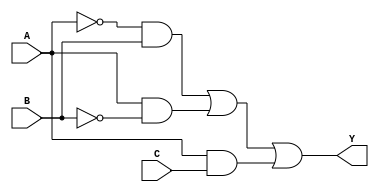
module combinational_logic_block (
    input wire A,      // Input variable A
    input wire B,      // Input variable B
    input wire C,      // Input variable C
    output wire Y      // Output variable Y
);

// Intermediate signals for the logic
wire not_A;
wire not_B;
wire not_C;
wire term1, term2, term3, term4;

// Invert inputs
not (not_A, A);
not (not_B, B);
not (not_C, C);

// Logic expression derived from minimization
// Example minimized expression: Y = A'B + AB' + AC
assign term1 = not_A & B;       // A'B
assign term2 = A & not_B;       // AB'
assign term3 = A & C;           // AC

// Combine terms to produce the output
assign Y = term1 | term2 | term3; // Final output Y

endmodule